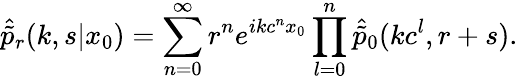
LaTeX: \hat{\tilde{p}}_{r}(k,s|x_{0})=\sum_{n=0}^{\infty}r^{n}e^{ikc^{n}x_{0}}\prod_{l=0}^{n}\hat{\tilde{p}}_{0}(kc^{l},r+s).